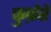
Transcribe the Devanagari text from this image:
फुफ़ेरे